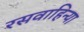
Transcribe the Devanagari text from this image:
रसवाहिन्या